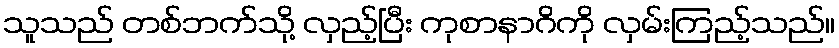
သူသည် တစ်ဘက်သို့ လှည့်ပြီး ကုစာနာဂိကို လှမ်းကြည့်သည်။